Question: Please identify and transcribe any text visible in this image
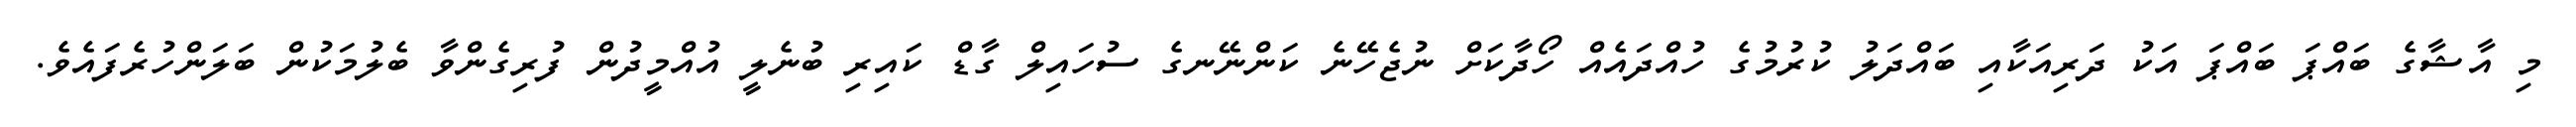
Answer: މި އާޝާގެ ބައްޕަ ބައްޕަ އަކު ދަރިއަކާއި ބައްދަލު ކުރުމުގެ ހުއްދައެއް ހޯދާކަށް ނުޖެހޭނެ ކަންނޭނގެ ސުހައިލް ގާޑް ކައިރި ބުނެލީ އުއްމީދުން ފުރިގެންވާ ބެލުމަކުން ބަލަންހުރެފައެވެ.